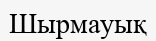
Шырмауық